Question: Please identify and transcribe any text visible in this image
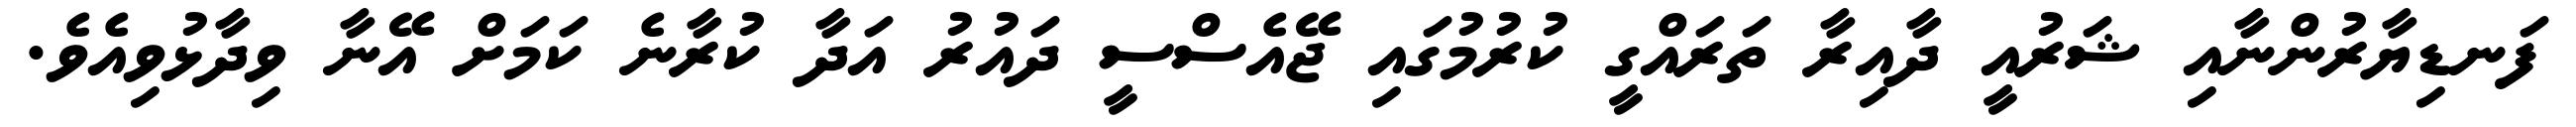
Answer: ފަނޑިޔާރުންނާއި ޝަރުއީ ދާއިރާ ތަރައްގީ ކުރުމުގައި ޖޭއެސްސީ ދައުރު އަދާ ކުރާނެ ކަމަށް އޭނާ ވިދާޅުވިއެވެ.